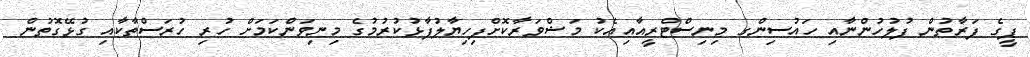
ޕީގެ ފަރާތުން ފުލުހުންނާއި ހައުސިންގ މިނިސްޓްރީއާއިއެކު މަޝްވަރާކޮށްފިހިޔާލުފާޅުކުރުމުގެ މިނިވަންކަމަށް ހުރި ހުރަސްތާކާއި ގުޅޭގޮތުން